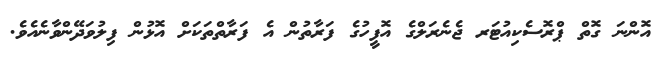
އޮންނަ ގޮތް ޕްރޮސެކިއުޓަރ ޖެނެރަލްގެ އޮފީހުގެ ފަރާތުން އެ ފަރާތްތަކަށް އޮޅުން ފިލުވަދޭންވާނެއެވެ.